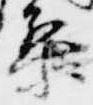
梨